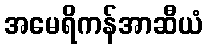
အမေရိကန်အာဆီယံ